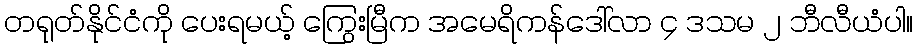
တရုတ်နိုင်ငံကို ပေးရမယ့် ကြွေးမြီက အမေရိကန်ဒေါ်လာ ၄ ဒသမ ၂ ဘီလီယံပါ။